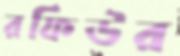
রফিউর